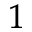
^ 1